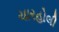
ચારહોલી